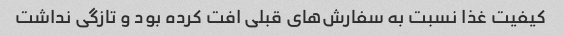
کیفیت غذا نسبت به سفارش‌های قبلی افت کرده بود و تازگی نداشت